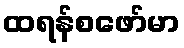
ထရန်စဖော်မာ